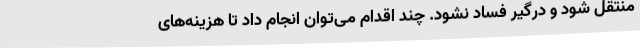
منتقل شود و درگیر فساد نشود. چند اقدام می‌توان انجام داد تا هزینه‌های